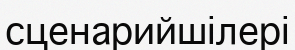
сценарийшілері